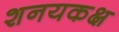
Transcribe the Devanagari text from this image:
शनयकक्ष